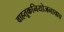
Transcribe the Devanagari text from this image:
वाहतूकनियोजनाचाच